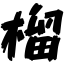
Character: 榴